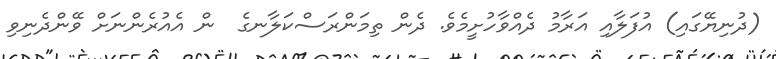
(ދުނިޔޭގައި) އުފަލާއި އަރާމު ދެއްވާހުށީމެވެ. ދެން ތިމަންރަސްކަލާނގެ  ން އެއުރެންނަށް ވޭންދެނިވި